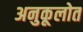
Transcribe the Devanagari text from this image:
अनुकूलोत